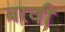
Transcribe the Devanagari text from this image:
बरवीं